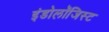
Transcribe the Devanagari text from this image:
इंडोलॉजिस्ट